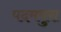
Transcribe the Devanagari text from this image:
पदमपुरा